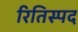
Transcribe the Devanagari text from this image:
रितिस्पद